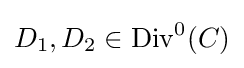
D_{1},D_{2}\in \mathrm {Div} ^{0}(C)